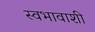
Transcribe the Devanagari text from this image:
स्वभावाशी